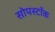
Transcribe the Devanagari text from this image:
सोपस्टॉक